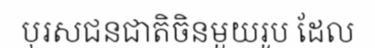
បុរសជនជាតិចិនមួយរូប ដែល